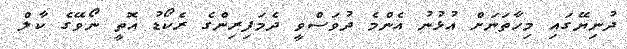
ދުނިޔޭގައި މިހާތަނަށް އުޅުނު އެންމެ ދުވަސްވީ ދެމަފިރިންގެ ރެކޯޑު އޮތީ ނޯވޭގެ ކާލް